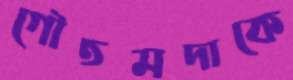
গৌতমদাকে